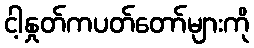
ငါ့နှုတ်ကပတ်တော်များကို